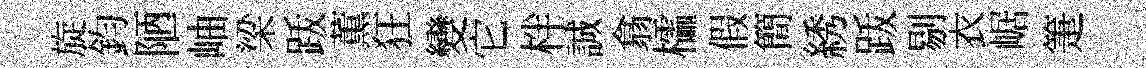
旋鈞陋岫梁䟦薫狂變它柈誠翕櫺假簡綉䟦剔衣崌箑